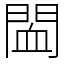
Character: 䦗